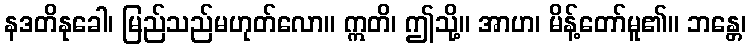
နဒတိနုခေါ၊ မြည်သည်မဟုတ်လော။ ဣတိ၊ ဤသို့။ အာဟ၊ မိန့်တော်မူ၏။ ဘန္တေ၊